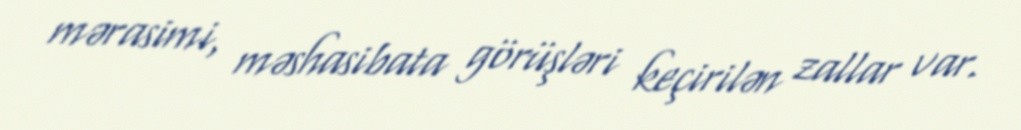
mərasimi, məshasibata görüşləri keçirilən zallar var.